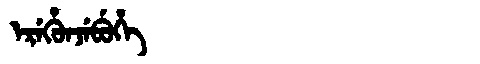
Manchu: ᡝᡵᡝᡥᡠᠨᠵᡝᠪᡠᡥᡝ
Romanization: EREHUNJEBUHE